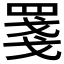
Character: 𦋈